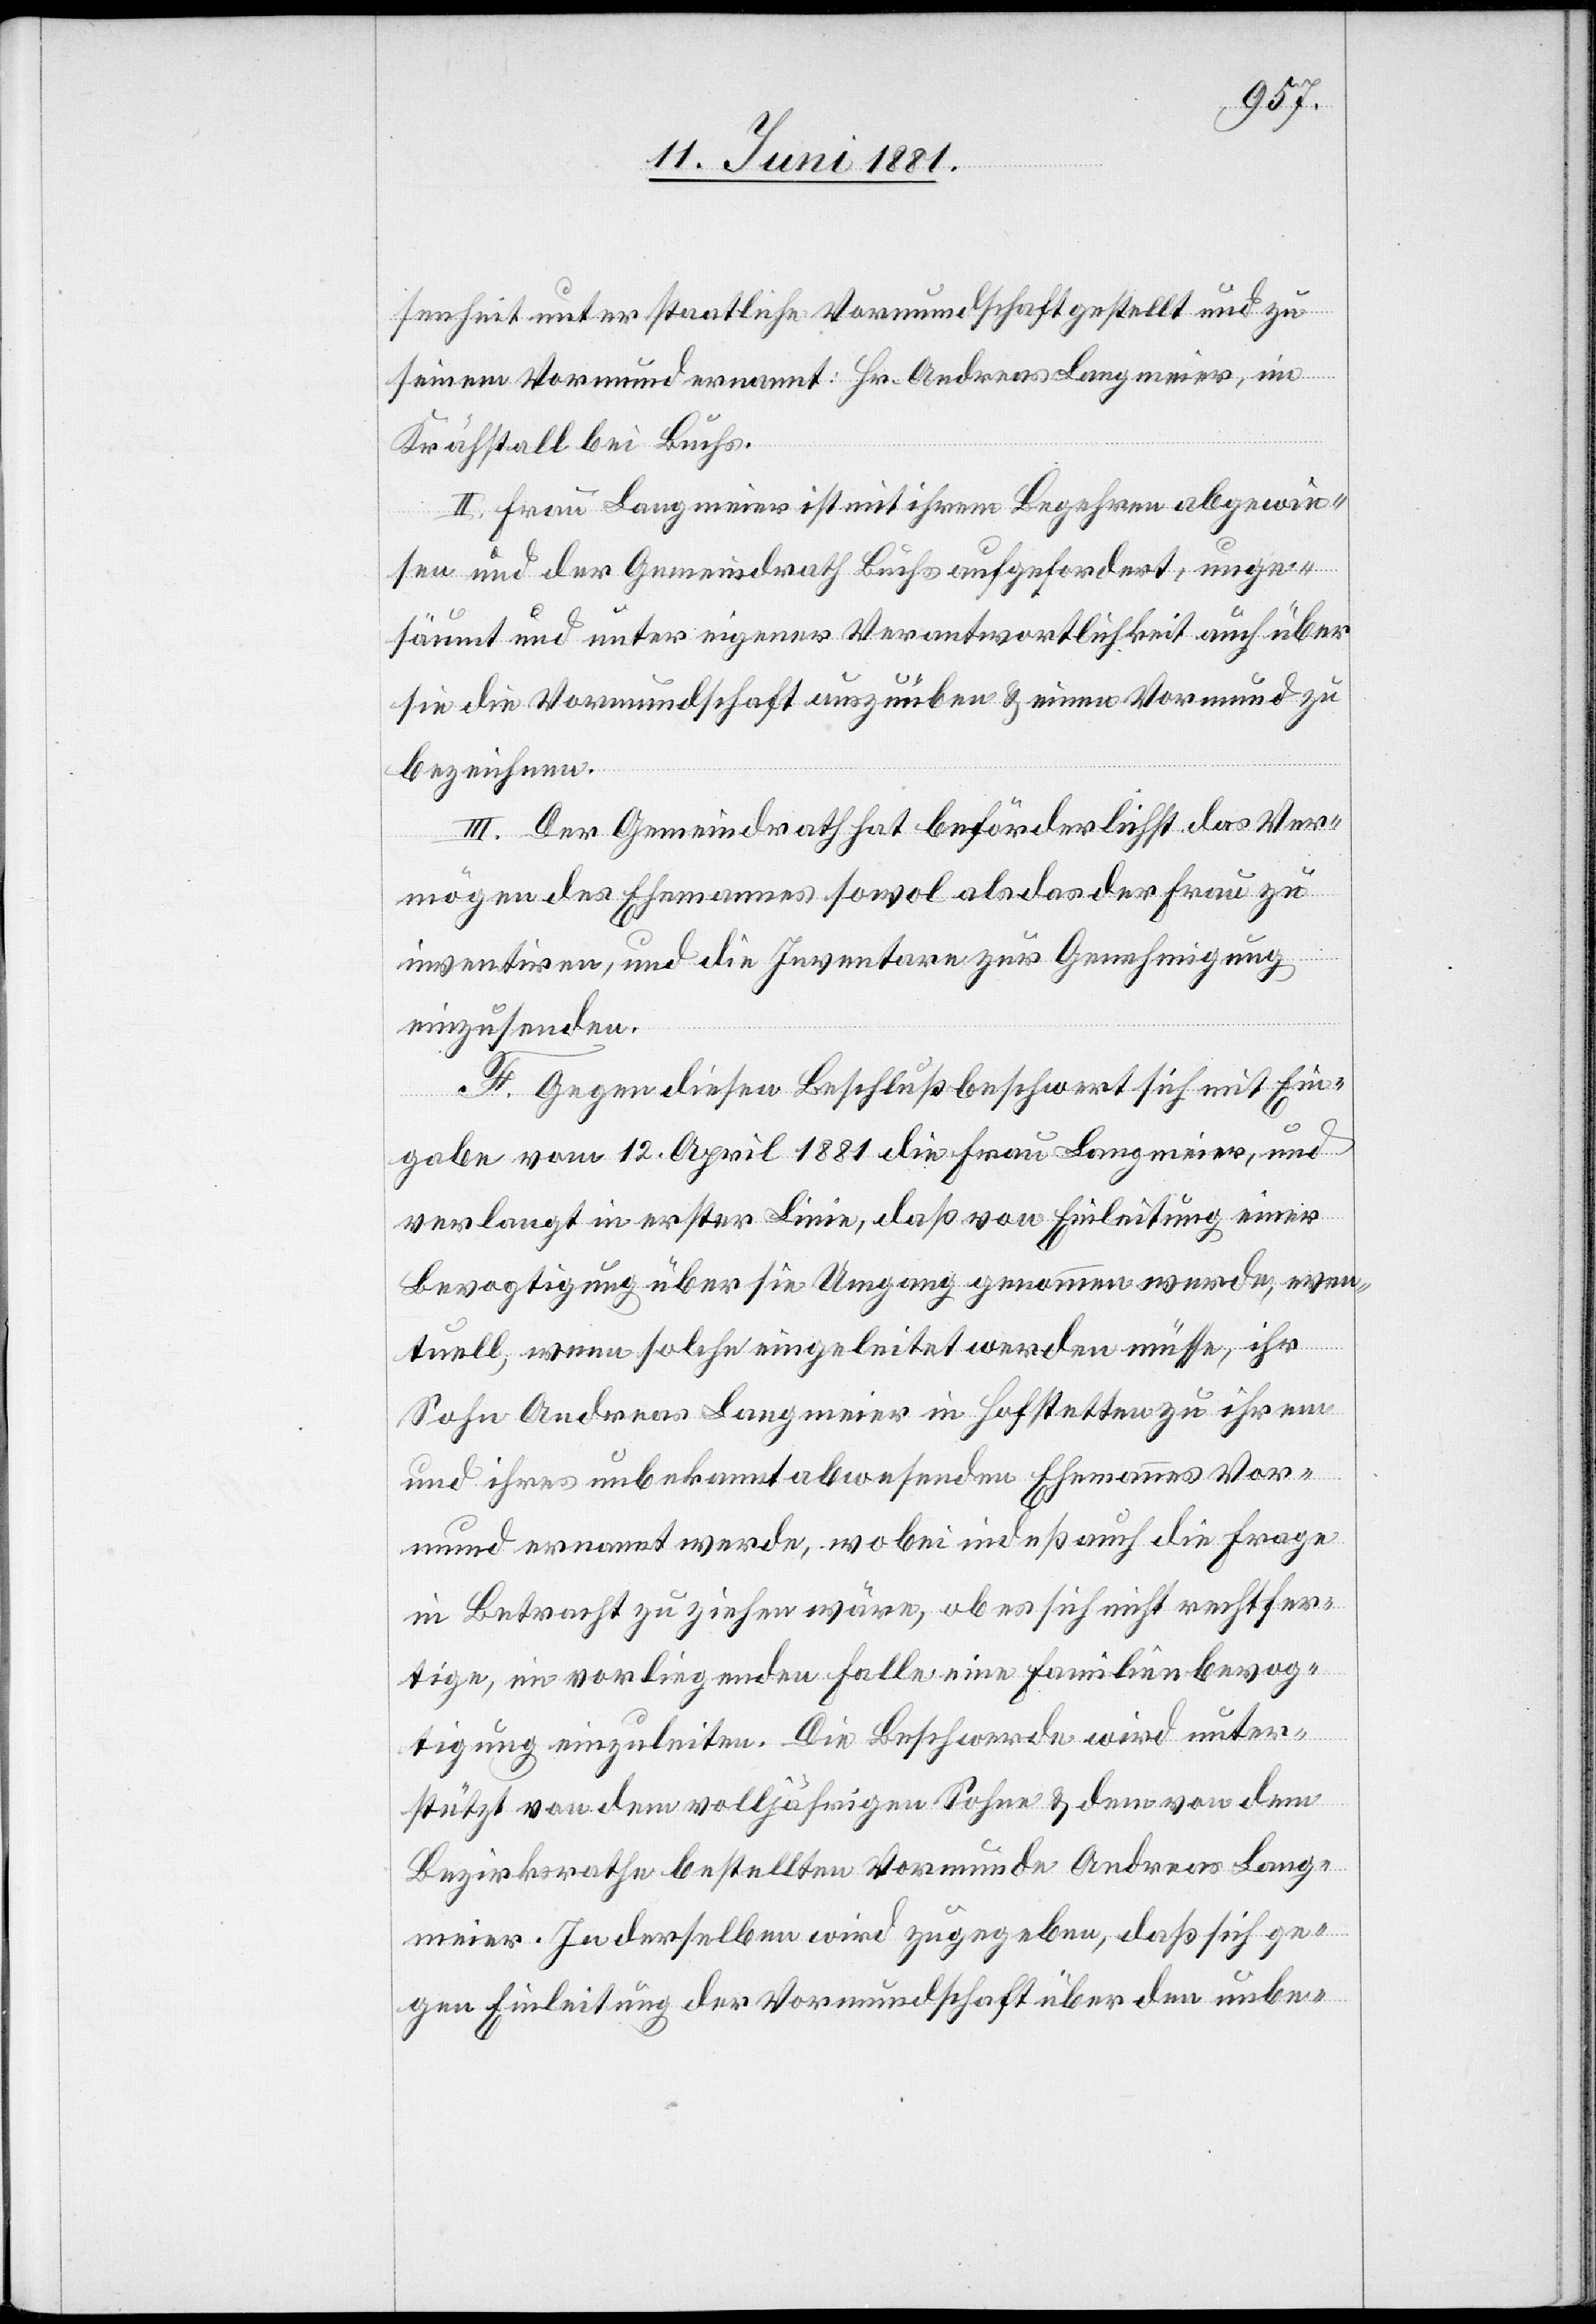
senheit unter staatliche Vormundschaft gestellt und zu
seinem Vormund ernannt: Hr. Andreas Langmeier, im
Krähstall bei Buchs.
II. Frau Langmeier ist mit ihrem Begehren abgewie¬
sen und der Gemeindrath Buchs aufgefordert, unge¬
säumt und unter eigener Verantwortlichkeit auch über
sie die Vormundschaft auszuüben & einen Vormund zu
bezeichnen.
III. Der Gemeindrath hat beförderlichst das Ver¬
mögen des Ehemannes sowol als das der Frau zu
inventiren, und die Inventare zur Genehmigung
einzusenden.
F. Gegen diesen Beschluß beschwert sich mit Ein¬
gabe vom 12. April 1881 die Frau Langmeier, und
verlangt in erster Linie, daß von Einleitung einer
Bevogtigung über sie Umgang genommen werde, even¬
tuell, wenn solche eingeleitet werden müsse, ihr
Sohn Andreas Langmeier in Hofstetten zu ihrem
und ihres unbekannt abwesenden Ehemanns Vor¬
mund ernannt werde, wobei indeß auch die Frage
in Betracht zu ziehen wäre, ob es sich nicht rechtfer¬
tige, im vorliegenden Falle eine Familienbevog¬
tigung einzuleiten. Die Beschwerde wird unter¬
stütz von dem volljährigen Sohne & dem von dem
Bezirksrathe bestellten Vormunde Andreas Lang¬
meier. In derselben wird zugegeben, daß sich ge¬
gen Einleitung der Vormundschaft über den unbe-